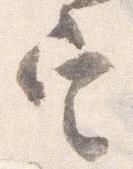
定